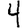
Digit: 4